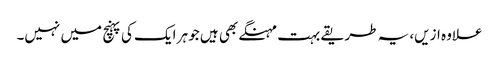
علاوہ ازیں، یہ طریقے بہت مہنگے بھی ہیں جو ہر ایک کی پہنچ میں نہیں۔